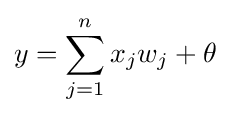
y=\sum _{j=1}^{n}x_{j}w_{j}+\theta